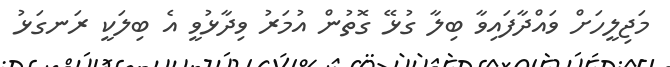
މަޖިލީހަށް ވައްދާފައިވާ ބިލާ ގުޅޭ ގޮތުން އުމަރު ވިދާޅުވީ އެ ބިލަކީ ރަނގަޅު